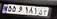
۵۵و۱۸۱۵۳